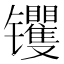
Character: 䦆